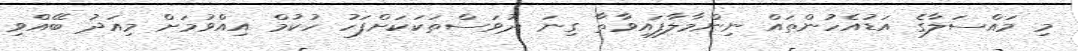
މި މައްސަލާގެ އަޑުއެހުންތައް ނިންމާލާފައިވާތާ ގިނަ ދުވަސްތަކަކަށްފަހު ހުކުމް އިއްވުމަށް މިއަދު ބޭއްވި